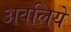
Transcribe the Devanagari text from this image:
अवलिये